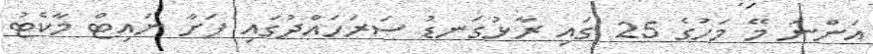
އަންނަ މޭ މަހުގެ 25 ގައި ރާޅުގަނޑު ސަރަހައްދުގައި ފަށާ ނައިޓް މާކެޓު